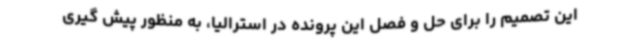
این تصمیم را برای حل و فصل این پرونده در استرالیا، به منظور پیش گیری